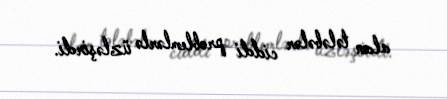
alan tələbələr ciddi problemlərlə üzləşirdi.